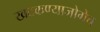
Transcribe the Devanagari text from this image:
खटकण्याजोगेच